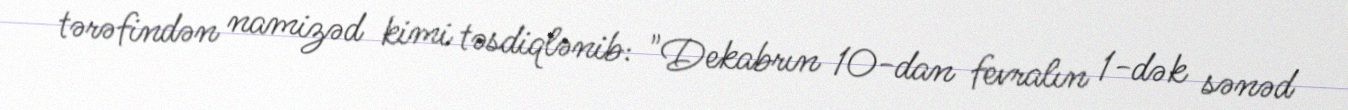
tərəfindən namizəd kimi təsdiqlənib: "Dekabrın 10-dan fevralın 1-dək sənəd